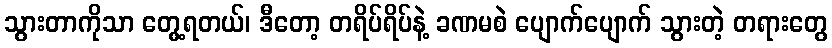
သွားတာကိုသာ တွေ့ရတယ်၊ ဒီတော့ တရိပ်ရိပ်နဲ့ ခဏမစဲ ပျောက်ပျောက် သွားတဲ့ တရားတွေ